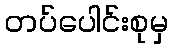
တပ်ပေါင်းစုမှ